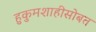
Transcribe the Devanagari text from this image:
हुकुमशाहीसोबत